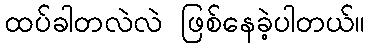
ထပ်ခါတလဲလဲ ဖြစ်နေခဲ့ပါတယ်။